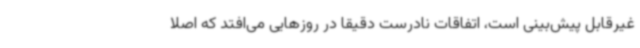
غیرقابل پیش‌بینی است، اتفاقات نادرست دقیقا در روزهایی می‌افتد که اصلا